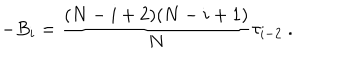
- B _ { i } = { \frac { ( N - i + 2 ) ( N - i + 1 ) } { N } } \tau _ { i - 2 } \ .